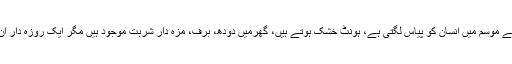
جب گرمی کے موسم میں انسان کو پیاس لگتی ہے، ہونٹ خشک ہوتے ہیں، گھرمیں دودھ، برف، مزہ دار شربت موجود ہیں مگر ایک روزہ دار ان کو نہیں پیتا۔